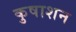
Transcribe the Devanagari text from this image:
कुषाशन